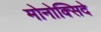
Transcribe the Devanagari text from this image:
मोनोक्सिदे